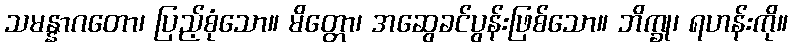
သမန္နာဂတော၊ ပြည့်စုံသော။ မိတ္တော၊ အဆွေခင်ပွန်းဖြစ်သော။ ဘိက္ခု၊ ရဟန်းကို။